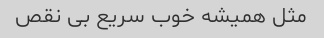
مثل همیشه خوب سریع بی نقص